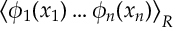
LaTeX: \left\langle \phi _ { 1 } ( x _ { 1 } ) \ldots \phi _ { n } ( x _ { n } ) \right\rangle _ { R }